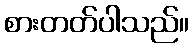
စားတတ်ပါသည်။